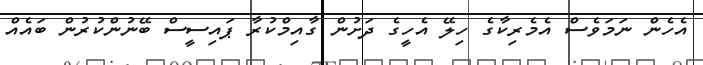
އެހެން ނަމަވެސް އެމެރިކާގެ ހިލޭ އެހީގެ ދަށުން ގާއިމްކުރާ ޕައިސީސް ބޭނުންކުރުން ބައެއް